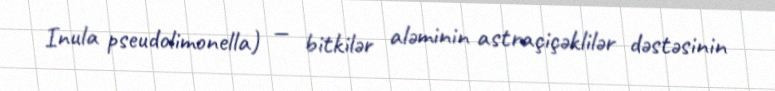
Inula pseudolimonella) — bitkilər aləminin astraçiçəklilər dəstəsinin